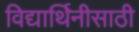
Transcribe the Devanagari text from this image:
विद्यार्थिनीसाठी